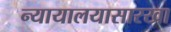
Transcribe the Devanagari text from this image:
न्यायालयासारखा